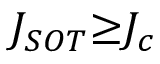
J _ { { S O T } } { \ge } J _ { c }